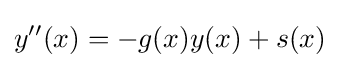
y''(x)=-g(x)y(x)+s(x)